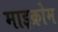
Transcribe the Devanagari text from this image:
माइक्रोम